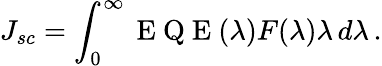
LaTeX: J_{sc}=\int_{0}^{\infty}\mathrm{~E~Q~E~}(\lambda)F(\lambda)\lambda\, d\lambda\, .